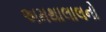
અમથાલાલનો